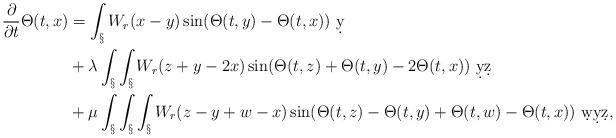
LaTeX: \begin{align*}\frac{\partial}{\partial t}\Theta(t,x) &= \int_\S W_r(x-y) \sin(\Theta(t,y)-\Theta(t,x))\ \d y\\&+ \lambda \int_\S\int_\S W_r(z+y-2x) \sin(\Theta(t,z)+\Theta(t,y) - 2\Theta(t,x))\ \d y\d z\\&+ \mu\int_\S\int_\S\int_\S W_r(z-y+w-x) \sin(\Theta(t,z)-\Theta(t,y)+\Theta(t,w)-\Theta(t,x))\ \d w \d y \d z,\end{align*}